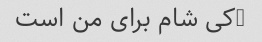
0کی شام برای من است